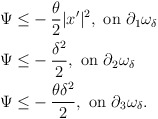
\begin{align*}\begin{aligned}\Psi \leq & - \frac{\theta}{2} |x'|^2, \mbox{ on } \partial_1 \omega_\delta\\\Psi \leq & - \frac{\delta^2}{2}, \mbox{ on } \partial_2 \omega_\delta\\\Psi \leq & - \frac{\theta \delta^2}{2}, \mbox{ on } \partial_3 \omega_\delta.\end{aligned}\end{align*}